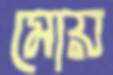
মোয়